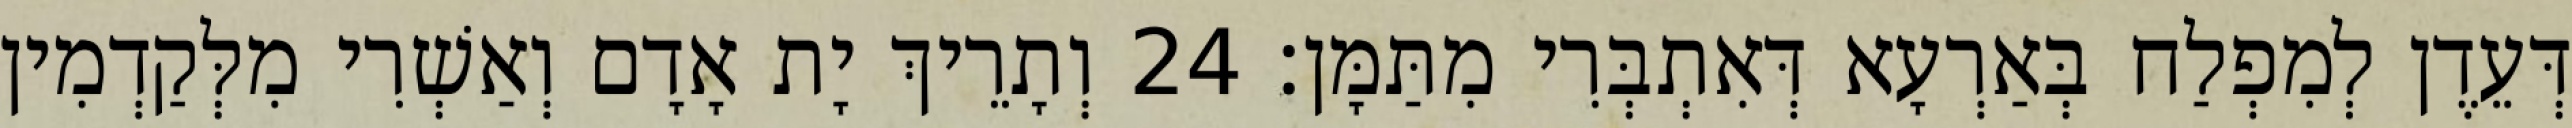
דְּעֵדֶן לְמִפְלַח בְּאַרְעָא דְּאִתְבְּרִי מִתַּמָּן׃ 24 וְתָרֵיךְ יָת אָדָם וְאַשְׁרִי מִלְּקַדְמִין